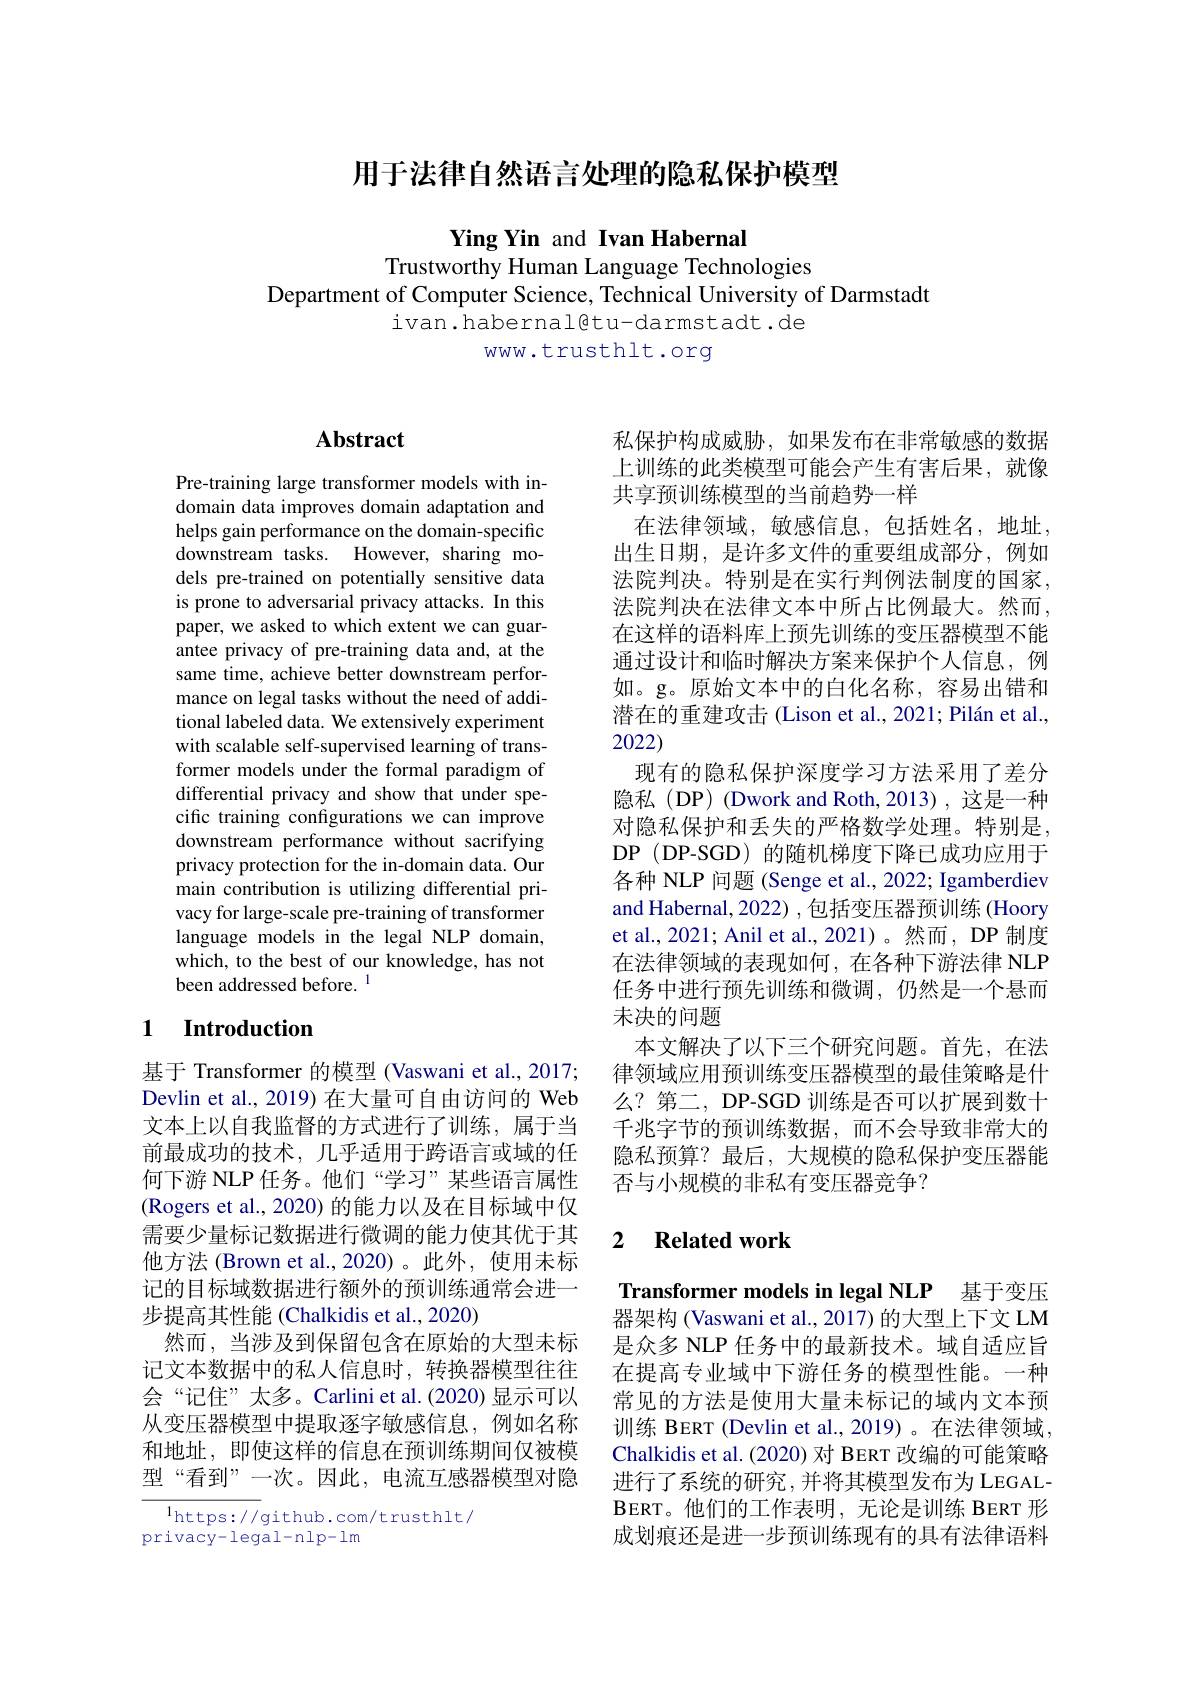
用于法律自然语言处理的隐私保护模型

Ying Yin and Ivan Habernal
Trustworthy Human Language Technologies
Department of Computer Science, Technical University of Darmstadt
ivan. habernal@tu- darmstadt. de
www.trusthlt.org

# Abstract

Pre-training large transformer models with indomain data improves domain adaptation and helps gain performance on the domain-specific downstream tasks. However, sharing models pre-trained on potentially sensitive data is prone to adversarial privacy attacks. In this paper, we asked to which extent we can guarantee privacy of pre-training data and, at the same time, achieve better downstream performance on legal tasks without the need of additional labeled data. We extensively experiment with scalable self-supervised learning of transformer models under the formal paradigm of differential privacy and show that under specific training configurations we can improve downstream performance without sacrifying privacy protection for the in-domain data. Our main contribution is utilizing differential privacy for large-scale pre-training of transformer language models in the legal NLP domain, which, to the best of our knowledge, has not been addressed before. 1

# 1 Introduction

基于 Transformer 的模型 (Vaswani et al., 2017; Devlin et al., 2019) 在大量可自由访问的 Web 文本上以自我监督的方式进行了训练，属于当前最成功的技术，几乎适用于跨语言或域的任何下游 NLP 任务。他们“学习” 某些语言属性(Rogers et al., 2020) 的能力以及在目标域中仅需要少量标记数据进行微调的能力使其优于其他方法 (Brown et al.,2020)。此外，使用未标记的目标域数据进行额外的预训练通常会进一步提高其性能 (Chalkidis et al., 2020)
然而，当涉及到保留包含在原始的大型未标记文本数据中的私人信息时，转换器模型往往会“记住”太多。Carlini et al.(2020)显示可以从变压器模型中提取逐字敏感信息，例如名称和地址，即使这样的信息在预训练期间仅被模型“看到”一次。因此，电流互感器模型对隐

$^{1}$https://github.com/trusthlt/
privacy-legal-nlp-lm

私保护构成威胁，如果发布在非常敏感的数据上训练的此类模型可能会产生有害后果，就像共享预训练模型的当前趋势一样
在法律领域，敏感信息，包括姓名，地址， 出生日期，是许多文件的重要组成部分，例如法院判决。特别是在实行判例法制度的国家， 法院判决在法律文本中所占比例最大。然而， 在这样的语料库上预先训练的变压器模型不能通过设计和临时解决方案来保护个人信息，例如。g。原始文本中的白化名称，容易出错和潜在的重建攻击 (Lison et al., 2021; Pilán et al., 2022)
现有的隐私保护深度学习方法采用了差分隐私(DP) (Dwork and Roth,2013),这是一种对隐私保护和丢失的严格数学处理。特别是， DP (DP-SGD) 的随机梯度下降已成功应用于各种 NLP 问题 (Senge et al., 2022; Igamberdiev and Habernal, 2022) , 包括变压器预训练 (Hoory et al., 2021; Anil et al., 2021)。然而，DP 制度在法律领域的表现如何，在各种下游法律 NLP 任务中进行预先训练和微调，仍然是一个悬而末决的问题
本文解决了以下三个研究问题。首先，在法律领域应用预训练变压器模型的最佳策略是什么？第二，DP-SGD 训练是否可以扩展到数十千兆字节的预训练数据，而不会导致非常大的隐私预算？最后，大规模的隐私保护变压器能否与小规模的非私有变压器竞争？

### 2 $\textbf{Related work}$

Transformer models in legal NLP 基于变压

器架构 (Vaswani et al., 2017) 的大型上下文 LM 是众多 NLP 任务中的最新技术。域自适应旨在提高专业域中下游任务的模型性能。一种常见的方法是使用大量未标记的域内文本预训练 BERT (Devlin et al., 2019) 。在法律领域Chalkidis et al. (2020) 对 BERT 改编的可能策略进行了系统的研究，并将其模型发布为 LEGALBERT。他们的工作表明，无论是训练 BERT 形成划痕还是进一步预训练现有的具有法律语料